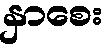
နှာစေး